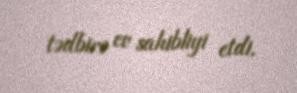
tədbirə ev sahibliyi etdi.